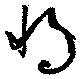
將